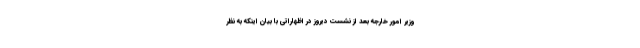
وزیر امور خارجه بعد از نشست دیروز در اظهاراتی با بیان اینکه به نظر